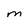
Character: M